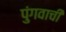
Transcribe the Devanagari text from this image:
पुंगवाची